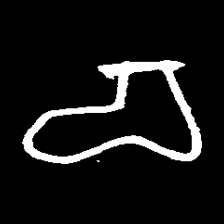
Pyu character \u2014 Myanmar letter: စ (romanized: ca)